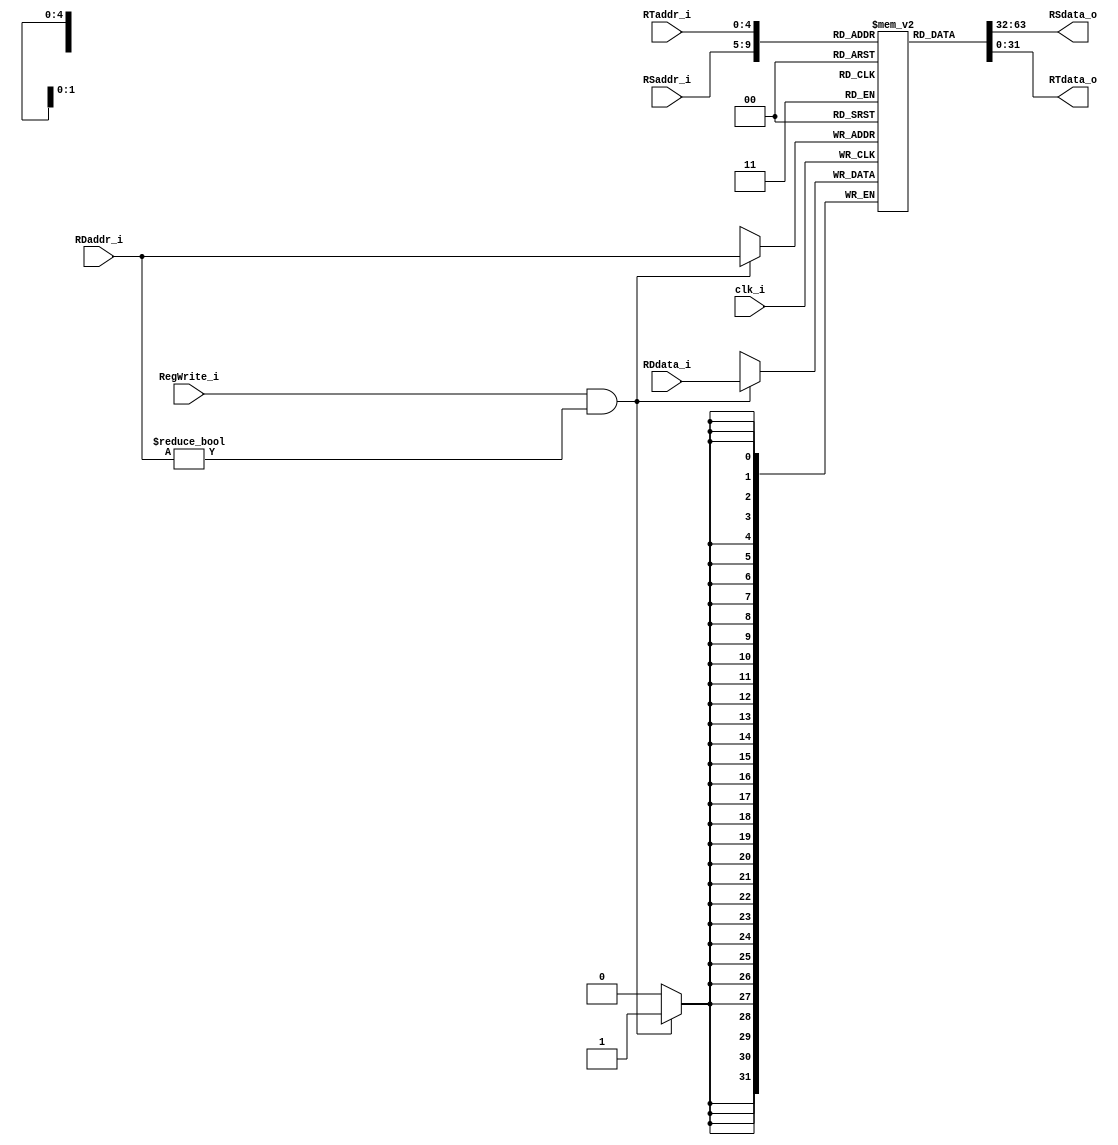
module Registers
(
    clk_i,
    RSaddr_i,
    RTaddr_i,
    RDaddr_i, 
    RDdata_i,
    RegWrite_i, 
    RSdata_o, 
    RTdata_o 
);

// Ports
input               clk_i;
input   [4:0]       RSaddr_i;
input   [4:0]       RTaddr_i;
input   [4:0]       RDaddr_i;
input   [31:0]      RDdata_i;
input               RegWrite_i;
output  [31:0]      RSdata_o; 
output  [31:0]      RTdata_o;

// Register File
reg     [31:0]      register        [0:31];

// Read Data      
assign  RSdata_o = register[RSaddr_i];
assign  RTdata_o = register[RTaddr_i];

// Write Data   
always@(posedge clk_i) begin
    if(RegWrite_i && RDaddr_i!=5'b00000)
        register[RDaddr_i] <= RDdata_i;
end
   
endmodule